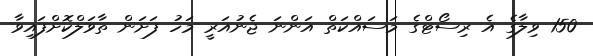
150 ވިލާގެ އެ ރިސޯޓްގެ މަސައްކަތް އަންނަ ޖެނުއަރީ މަހު ފަށަން ތާވަލްކޮށްފައިވާ